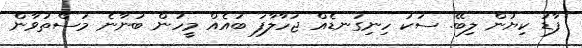
ފާޑު ކިޔުން ލިބޭ. ސަކަ ހިނިގަނޑެއް ޖަހާލާފަ ބައެެއް މީހުން ބުނާނެ މަސްތުވާން